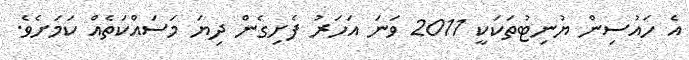
އެ ހައުސިން ޔުނިޓުތަކަކީ 2011 ވަނަ އަހަރު ފެށިގެން ދިޔަ މަސައްކަތެއް ކަމަށެވެ.